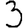
Digit: 3